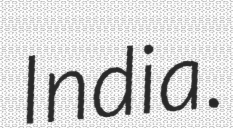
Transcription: India.